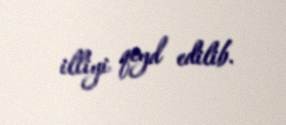
illiyi qeyd edilib.